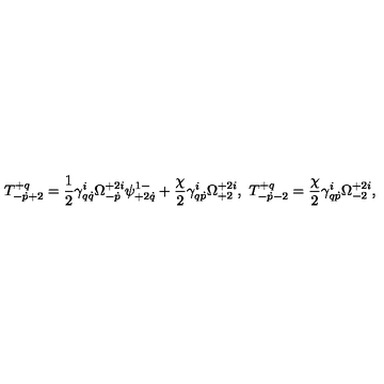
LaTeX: T _ { - \dot { p } + 2 } ^ { + q } = \frac 1 2 \gamma _ { q \dot { q } } ^ { i } \Omega _ { - \dot { p } } ^ { + 2 i } \psi _ { + 2 \dot { q } } ^ { 1 - } + \frac { \chi } { 2 } \gamma _ { q \dot { p } } ^ { i } \Omega _ { + 2 } ^ { + 2 i } , \ T _ { - \dot { p } - 2 } ^ { + q } = \frac { \chi } { 2 } \gamma _ { q \dot { p } } ^ { i } \Omega _ { - 2 } ^ { + 2 i } ,